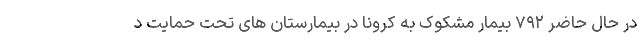
در حال حاضر ۷۹۲ بیمار مشکوک به کرونا در بیمارستان های تحت حمایت د